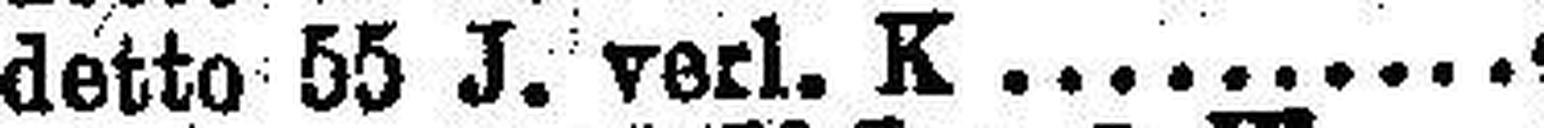
detto 55 J. verl. K. 4